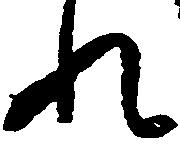
れ